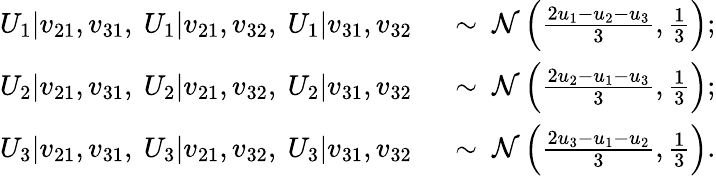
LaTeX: \begin{array}{rl}{U_{1}|v_{21},v_{31},\ U_{1}|v_{21},v_{32},\ U_{1}|v_{31},v_{32}}&{\ \sim\ \mathcal{N}\left(\frac{2u_{1}-u_{2}-u_{3}}{3},\frac{1}{3}\right);}\\ {U_{2}|v_{21},v_{31},\ U_{2}|v_{21},v_{32},\ U_{2}|v_{31},v_{32}}&{\ \sim\ \mathcal{N}\left(\frac{2u_{2}-u_{1}-u_{3}}{3},\frac{1}{3}\right);}\\ {U_{3}|v_{21},v_{31},\ U_{3}|v_{21},v_{32},\ U_{3}|v_{31},v_{32}}&{\ \sim\ \mathcal{N}\left(\frac{2u_{3}-u_{1}-u_{2}}{3},\frac{1}{3}\right).}\end{array}